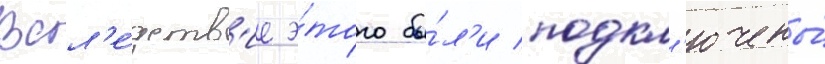
Всл'е́дств'ие э́того бы́л'и подкл'ючены́